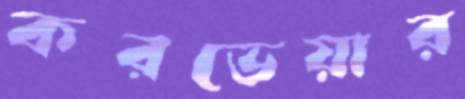
করভেয়ার